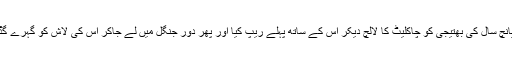
ملزم چاچا نے اپنی پانچ سال کی بھتیجی کو چاکلیٹ کا لالچ دیکر اس کے ساتھ پہلے ریپ کیا اور پھر دور جنگل میں لے جاکر اس کی لاش کو گہرے گڈھے میں پھینک دیا۔